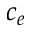
c _ { e }